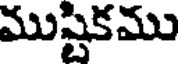
ముష్టికము